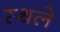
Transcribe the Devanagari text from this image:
स्थले